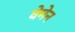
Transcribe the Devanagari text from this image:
वेमेन